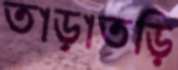
তাড়াতড়ি